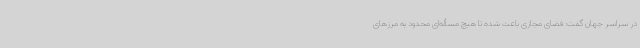
در سراسر جهان گفت: فضای مجازی باعث شده تا هیچ مسأله‌ای محدود به مرزهای